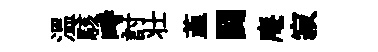
温駭畤討壮韮闘庵寂